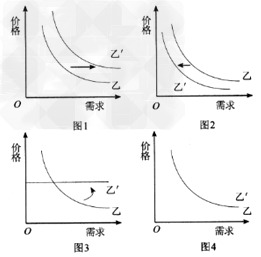
贵上极则反贱，贱下极则反贵。